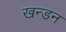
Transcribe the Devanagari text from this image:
खन्डन